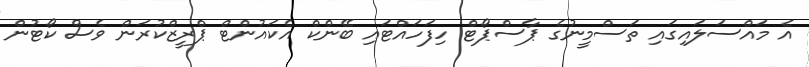
އެ މައްސަލައިގައި ތަސްމީނުގެ ޕާސްޕޯޓް ހިފަހައްޓައި ބޭންކް އެކައުންޓް ޕްރީޒްކުރަން ވެސް ކޯޓުން